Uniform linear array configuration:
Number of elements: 4
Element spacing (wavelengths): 1
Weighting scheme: hann
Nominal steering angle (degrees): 60
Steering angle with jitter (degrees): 58.799
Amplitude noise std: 0.05
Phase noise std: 0.05

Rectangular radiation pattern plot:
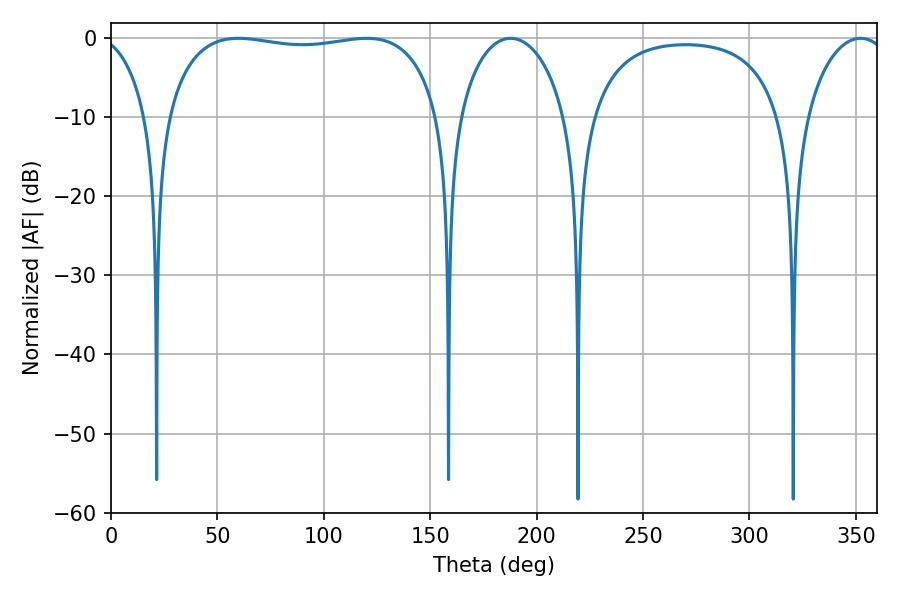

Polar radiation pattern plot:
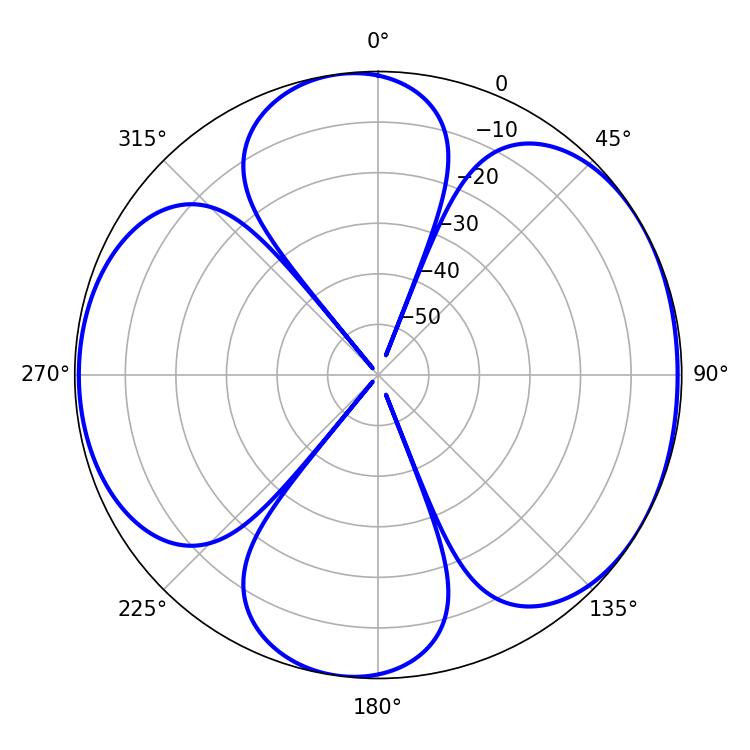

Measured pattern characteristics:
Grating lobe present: TRUE
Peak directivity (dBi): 6.012
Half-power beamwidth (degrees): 28.98
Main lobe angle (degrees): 187.74